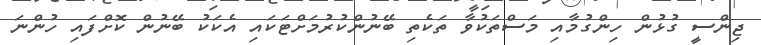
ޖިންސީ ގުޅުން ހިންގުމާއި މަސްތަކުވާ ތަކެތި ބޭނުންކުރުމަށްޓަކައި އެކަކު ބޭނުން ކޮށްފައި ހުންނަ